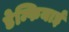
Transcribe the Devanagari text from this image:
डेम्फियाई